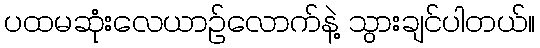
ပထမဆုံးလေယာဉ်လောက်နဲ့ သွားချင်ပါတယ်။